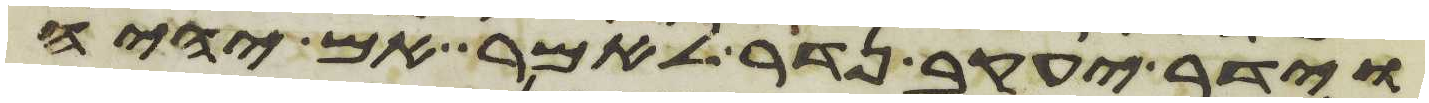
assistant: וידר יעקב נדר לאמר אם יהיה